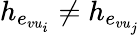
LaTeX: h_{e_{vu_{i}}}\neq h_{e_{vu_{j}}}